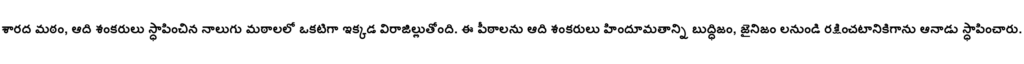
శారద మఠం, ఆది శంకరులు స్ధాపించిన నాలుగు మఠాలలో ఒకటిగా ఇక్కడ విరాజిల్లుతోంది. ఈ పీఠాలను ఆది శంకరులు హిందూమతాన్ని బుద్ధిజం, జైనిజం లనుండి రక్షించటానికిగాను ఆనాడు స్ధాపించారు.